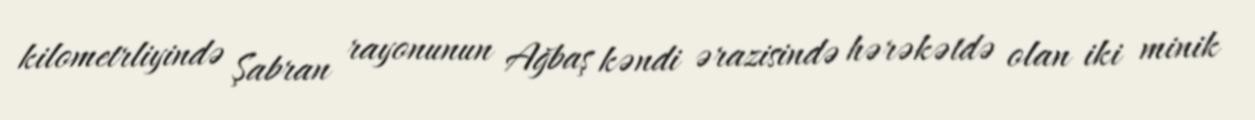
kilometrliyində Şabran rayonunun Ağbaş kəndi ərazisində hərəkətdə olan iki minik